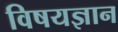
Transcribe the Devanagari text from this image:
विषयज्ञान